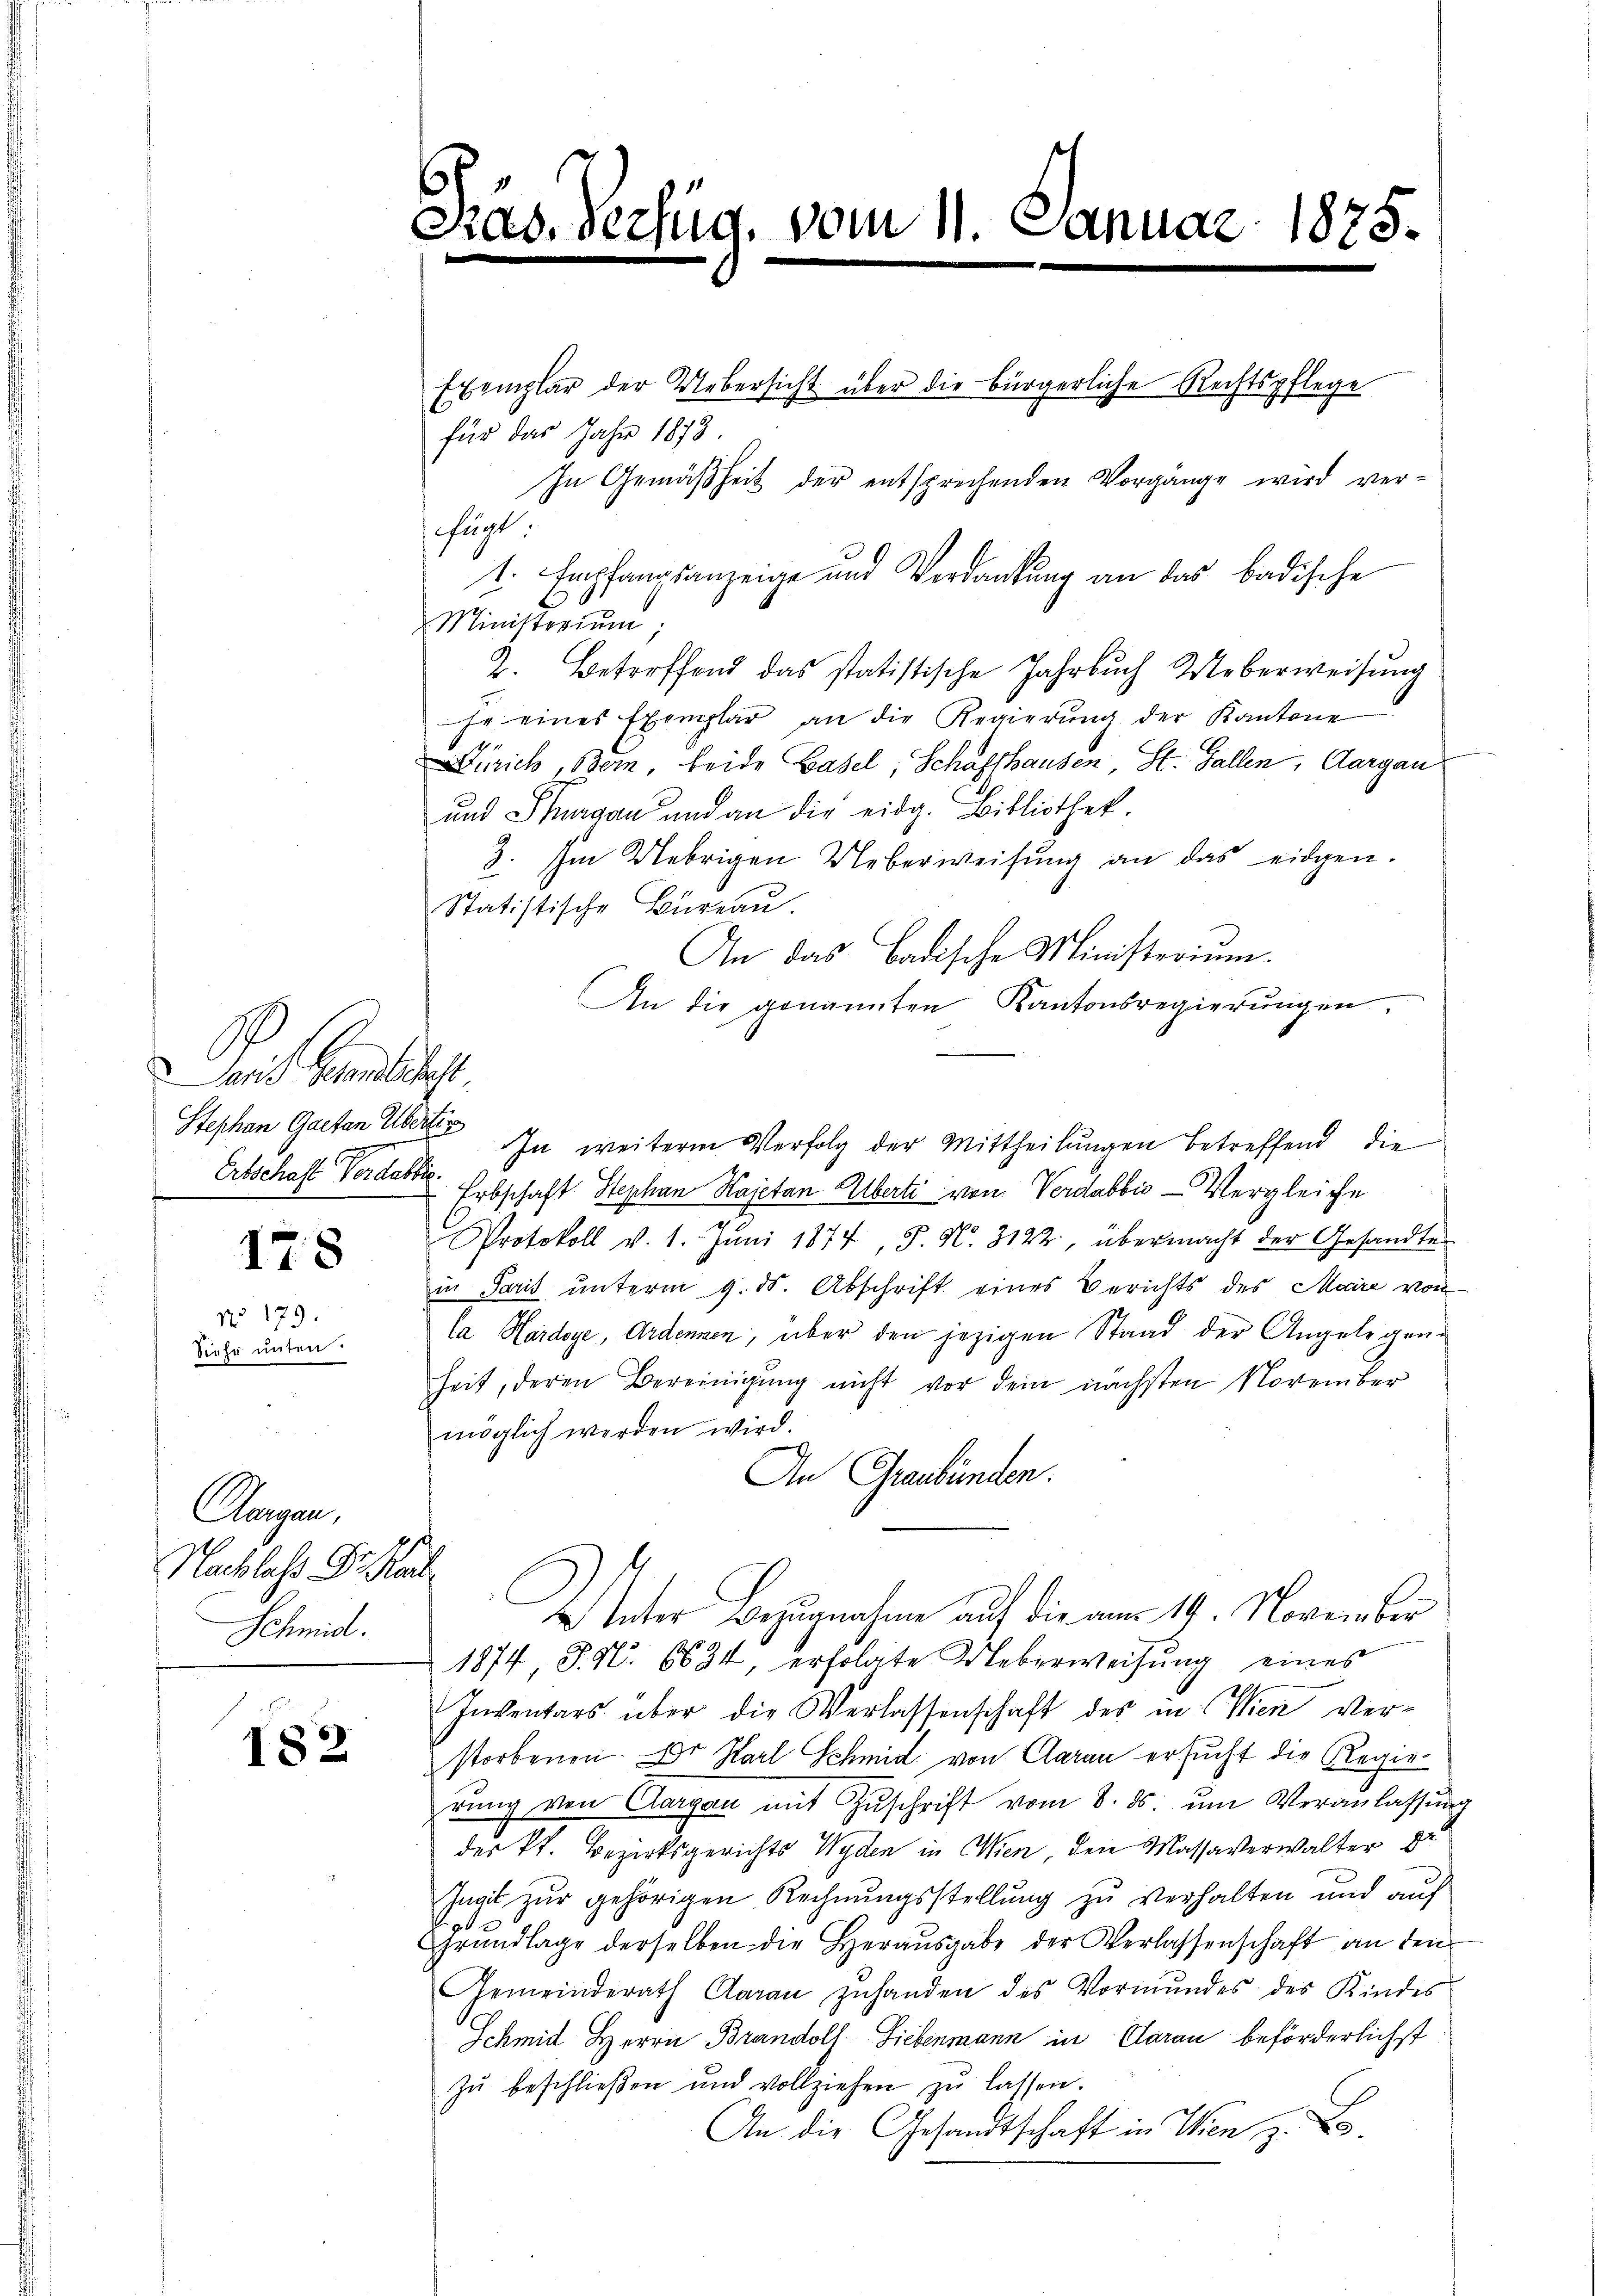
ait Gelege
Stephan Garten Übertr
Erbschaft Verdebbie

178

No 179.
Siehe unten.

182

für das Jahr 1873
fügt.
1. Empfangsanzeige und Verdankung an das badische
Ministerium
2. Betreffend das statistische Jahrbuch Ueberweisŭng
hr eines Exemplar an die Regierŭng der Kantone
Zürich Bern, beide Basel, Schaffhausen St. Gallen, Aargau
und Schurgau und an die eidg. Bibliothek.
Z. Im Uebrigen Ueberweisŭng an das eidgen.
Statistische Büreau
An das Badische Ministerium.
An die genannten Kantonsregierungen
Erbschaft Stephan Kajetan Alberte von Verdabbia - Vergleiche
Protokoll v. 1. Jŭni 1874, S. N. 3122, übermacht der Gesandte
in Paris unterm 9. ds. Abschrift eines Berichts des Maire von
Ca Hardege, Ardonnen, über den jezigen Stand der Angelegenheit, deren Bereinigung nicht vor dem nächsten November
möglich werden wird.
An Graubünden.
Unter Bezugnahme auf die am 19. November
1874 P. Nr. 6634, erfolgte Ueberweisung eines
Inventars über die Verlassenschaft des in Wien verstorbenen Dr Karl Schmid von Claran ersucht die Regierung von Aargau mit Zuschrift vom 8. ds ŭm Veranlassung
der Pf. Bezirksgerichts Wyden in Wien, den Massaverwalter Dr
Zagit zur gehörigen Rechnungsstellung zu verhalten und auf
Grundlage derselben die Herausgabe der Verlassenschaft an den
Gemeinderath Garan zŭhanden des Vormŭndes des Kindes
Schmid Herrn Brandolf Liebenmann in Caran beförderlichst
zŭ beschlieβen und vollziehen zŭ lassen.
An die Gesandtschaft in Wien z. B

Augen,
Nachlaß Dr Ka
Schmid.

verfüg, vom 11. Januar 1875.

Exemplar der Uebersicht über die bürgerliche Rechtspflege
In Gemäßheit der entsprechenden Vorgange wird ver-

In weitere Verfolg der Mittheilungen betreffend die